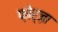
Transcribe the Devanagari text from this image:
फ़ोर्ज़ा